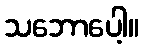
သဘောပေါ့။